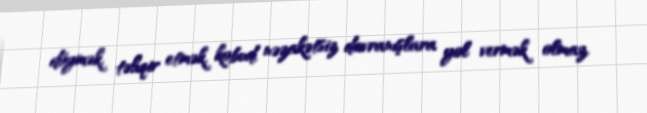
döymək, təhqir etmək, kobud, nəzakətsiz davranışlara yol vermək olmaz.